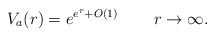
\begin{align*} V_a(r)= e^{e^r+O(1)}\qquad\,r\to\infty.\end{align*}